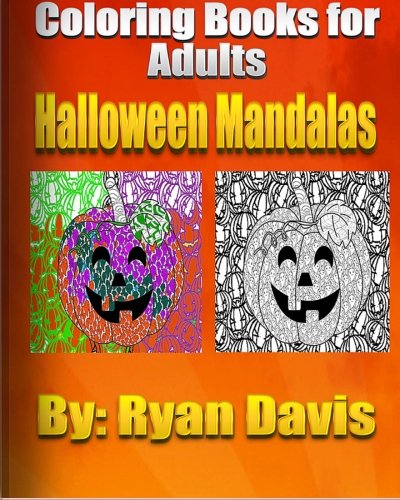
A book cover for Coloring Book For Adults Halloween Mandalas; Ryan Davis; Comics & Graphic Novels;